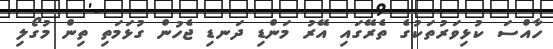
ހާއްސަ ކުޅިވަރުތަކުގެ ތެރޭގައި އޭރު މަންޑި ދަނޑި ޖެހުން ގުޅަމަތި ތިން މުގޯލި